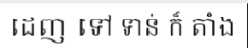
ដេញ ទៅ ទាន់ ក៏ តាំង